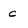
Character: c